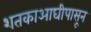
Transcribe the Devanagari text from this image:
शतकाआघीपासून